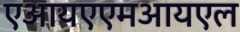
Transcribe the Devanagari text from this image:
एआयएएमआयएल